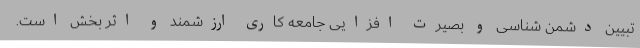
تبیین دشمن شناسی و بصیرت افزایی جامعه کاری ارزشمند و اثر بخش است.